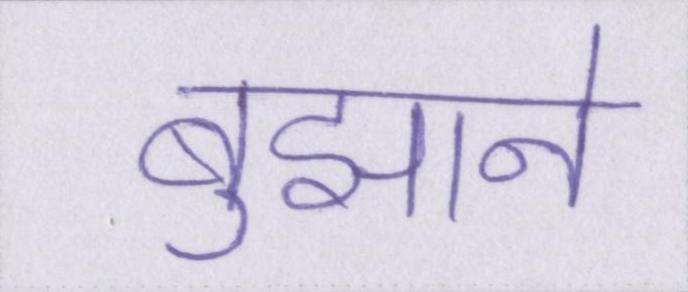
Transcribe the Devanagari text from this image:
बुझाने